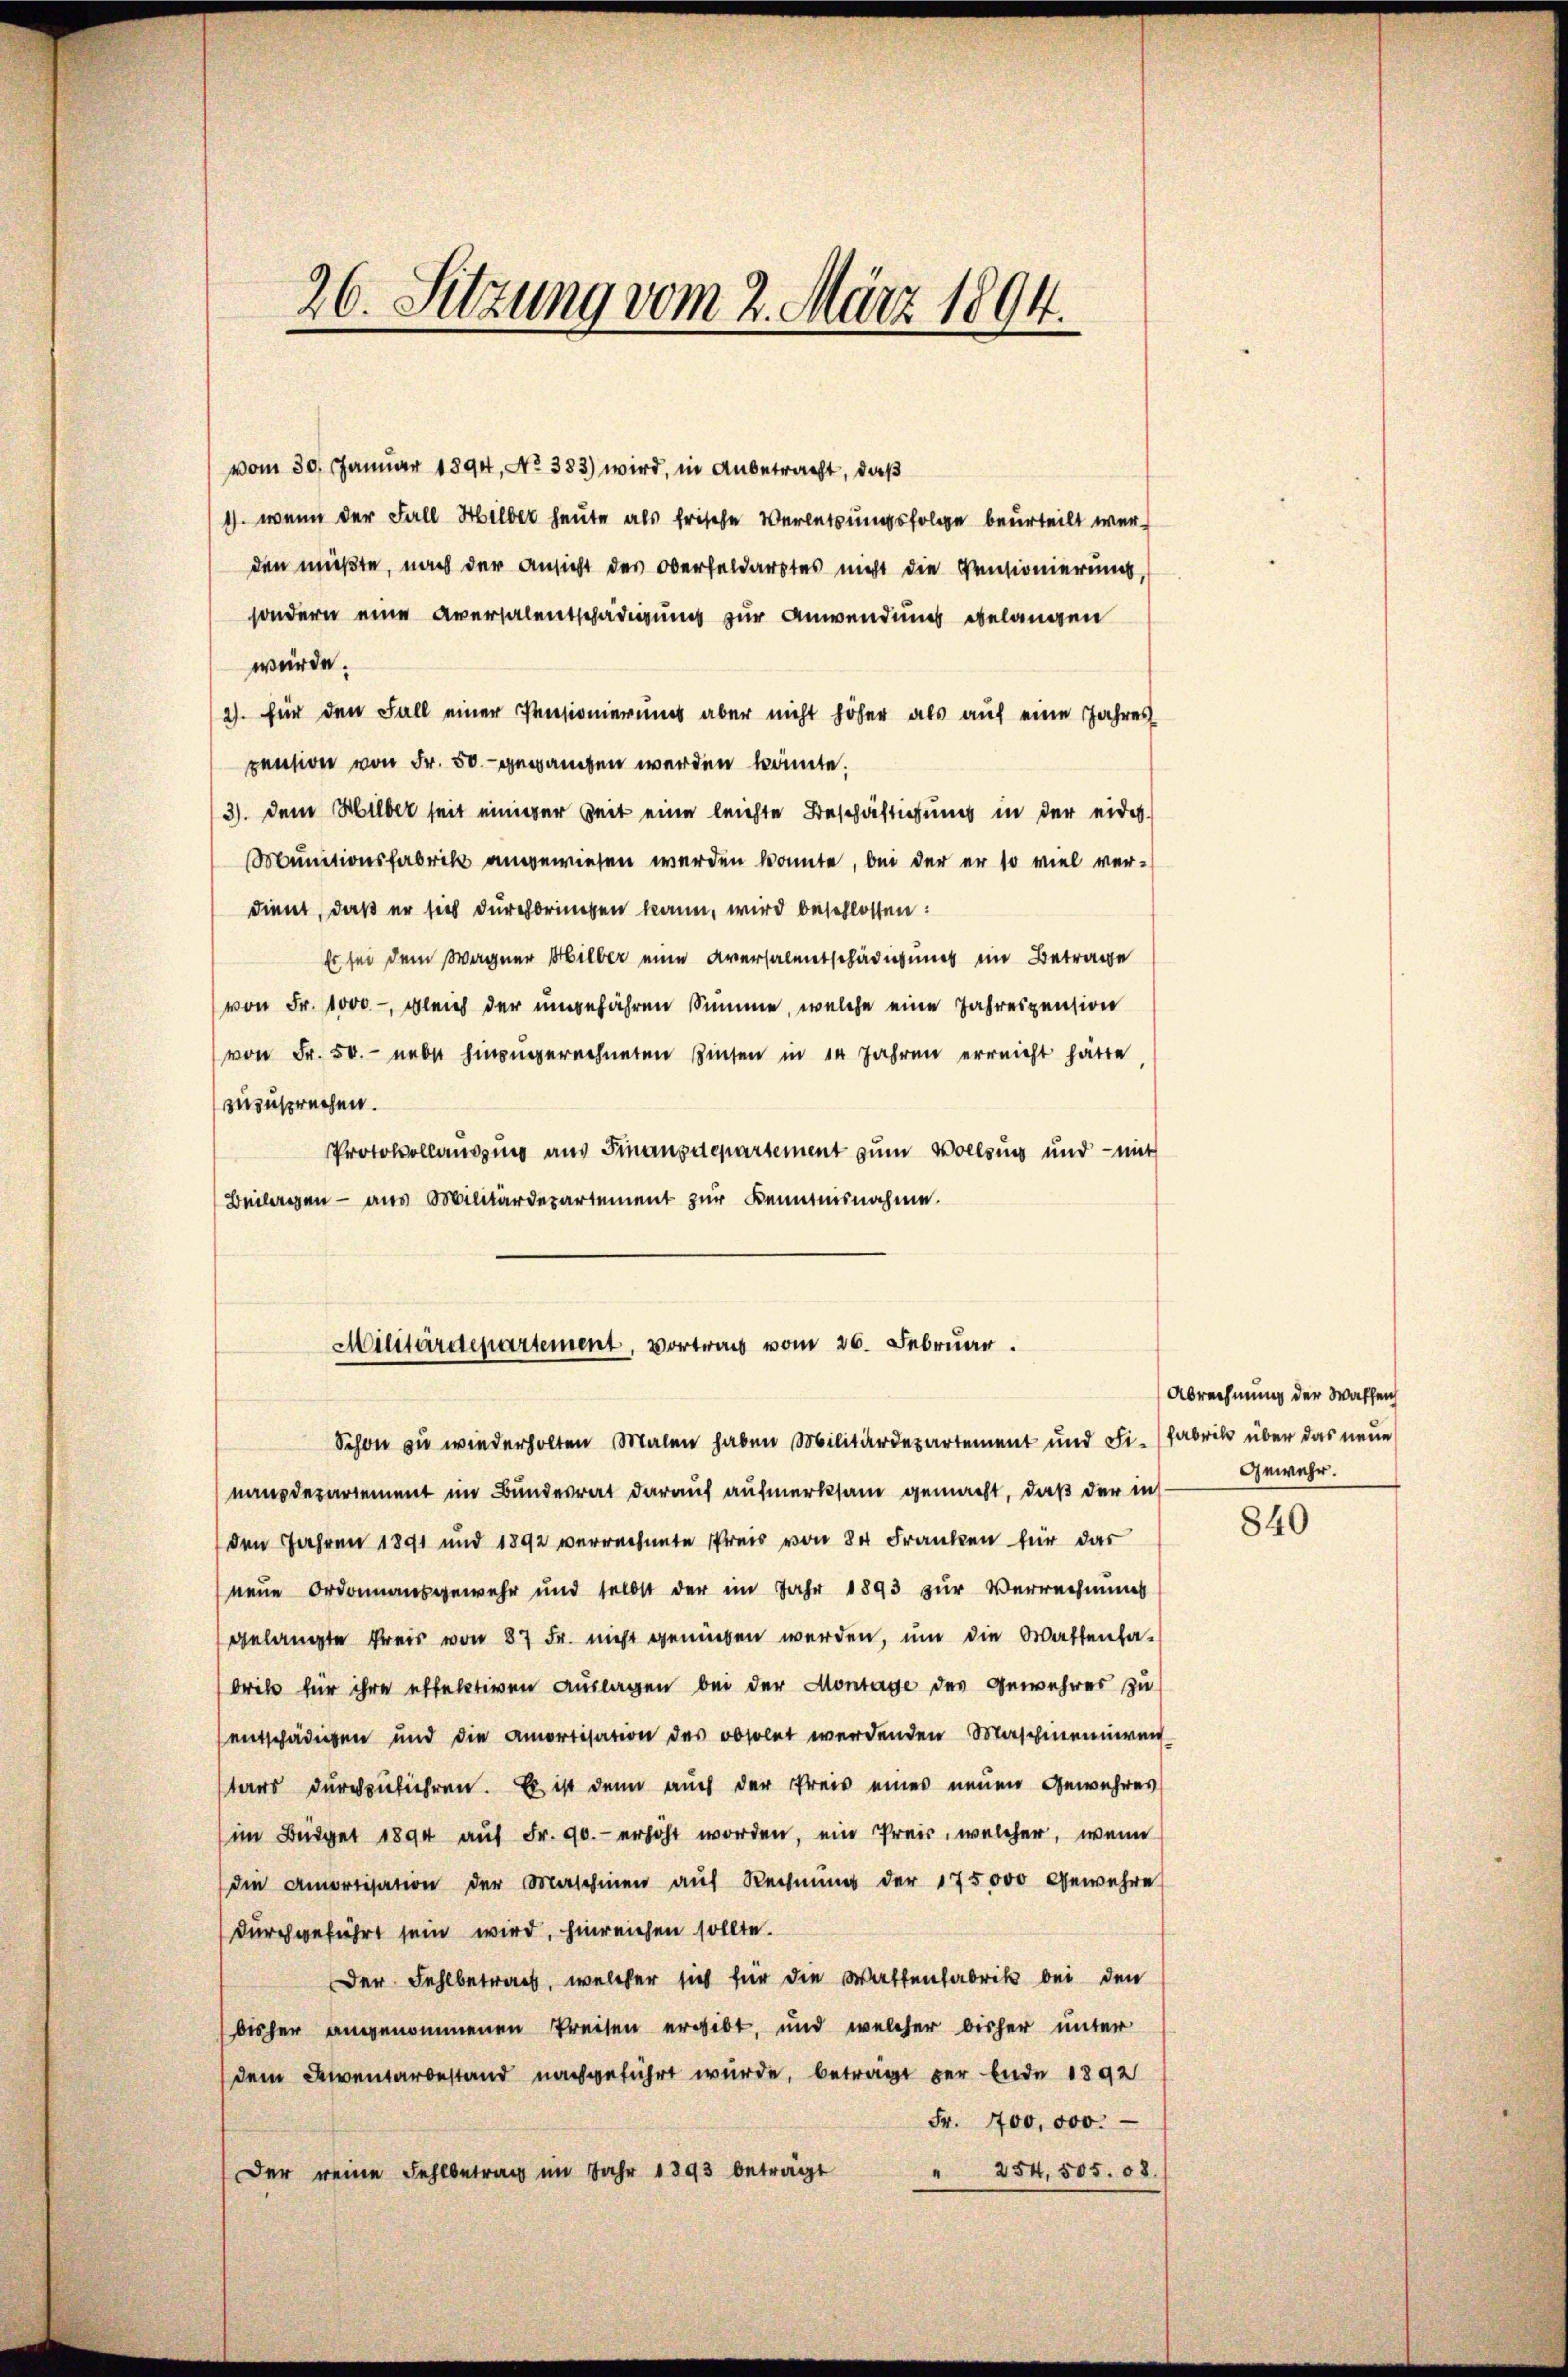
26. Setzung vom 2. März 1894.

vom 30. Januar 1894, No 383) wird, in Anbetracht, daß
1) wenn der Fall Hilber heute als frische Verletzungsfolge beurteilt werden müßte, nach der Ansicht des Oberfeldarstes nicht die Pensionierung,
sondern eine Aversalentschädigung zur Anwendung belangen
würde.
2). für den Fall einer Pensionierung aber nicht höher als auf eine Jahres
pension von Fr. 50.- gegangen werden könnte.
3). Dem Hilber seit einiger Zeit eine leichte Beschäftigung in der eider-
Munitionsfabrik angewiesen werden konnte, bei der er so viel ver-
dient, daß er sich durchbringen kann, wird beschlossen:
Es sei dem Wagner Hilber eine Aversalentschädigung im Betrage
von Fr. 1000 - gleich der ungefähren Summe, welche eine Jahrespension
von Fr. 50.- neber hinzugerechneten Zinsen in 14 Jahren erreicht hätte,
zuzusprechen.
Protokollausung aus Finanzdepartement zum Vollzug und - mit
Beilagen — aus Militärdepartement zur Kenntnisnahme.

Militärdepartement, Vortrag vom 26. Februar.

Schon zu wiederholten Malen haben Militärdepartement und Fi-Fabrik über das neue
nanzdepartement im Bundesrat darauf aufmerksam gemacht, daß der in
den Jahren 1891 und 1892 verrechnete Preis von 80 Franken für das
neue Ordonnausgewehr und selbst der im Jahr 1893 zur Verrechnung
gelangte Preis von 87 Fr. nicht genüben werden, um die Wattenhabrik für ihre effektiven Auslagen bei der Montage des Gewehres zu
entschädigen und die amortisation des obsolet werdenden Maschineinven-
tars durchzuführen. Es ist dann auch der Preis eines neuen Gewahres
im Büdget 1894 auf Fr. 90.- erhöht worden, ein Preis, welcher, wenn
die Amortisation der Maschinen auf Rechnung der 175000 Gewehre
durchgeführt sein wird, hinreichen sollte.
Der Fehlbetrach, welcher sich für die Wattenfabrik bei den
disher angenommenen Preisen ergibt, und welcher bisher unter
dem Inventarbestand nachgeführt wurde, beträgt der Ende 1892
Fr. 100,000.
" 254, 505. 08.
Der reine Fehlbetrag im Jahr 1893 beträgt

Abrechnung der Waffen
Gewehr.

840